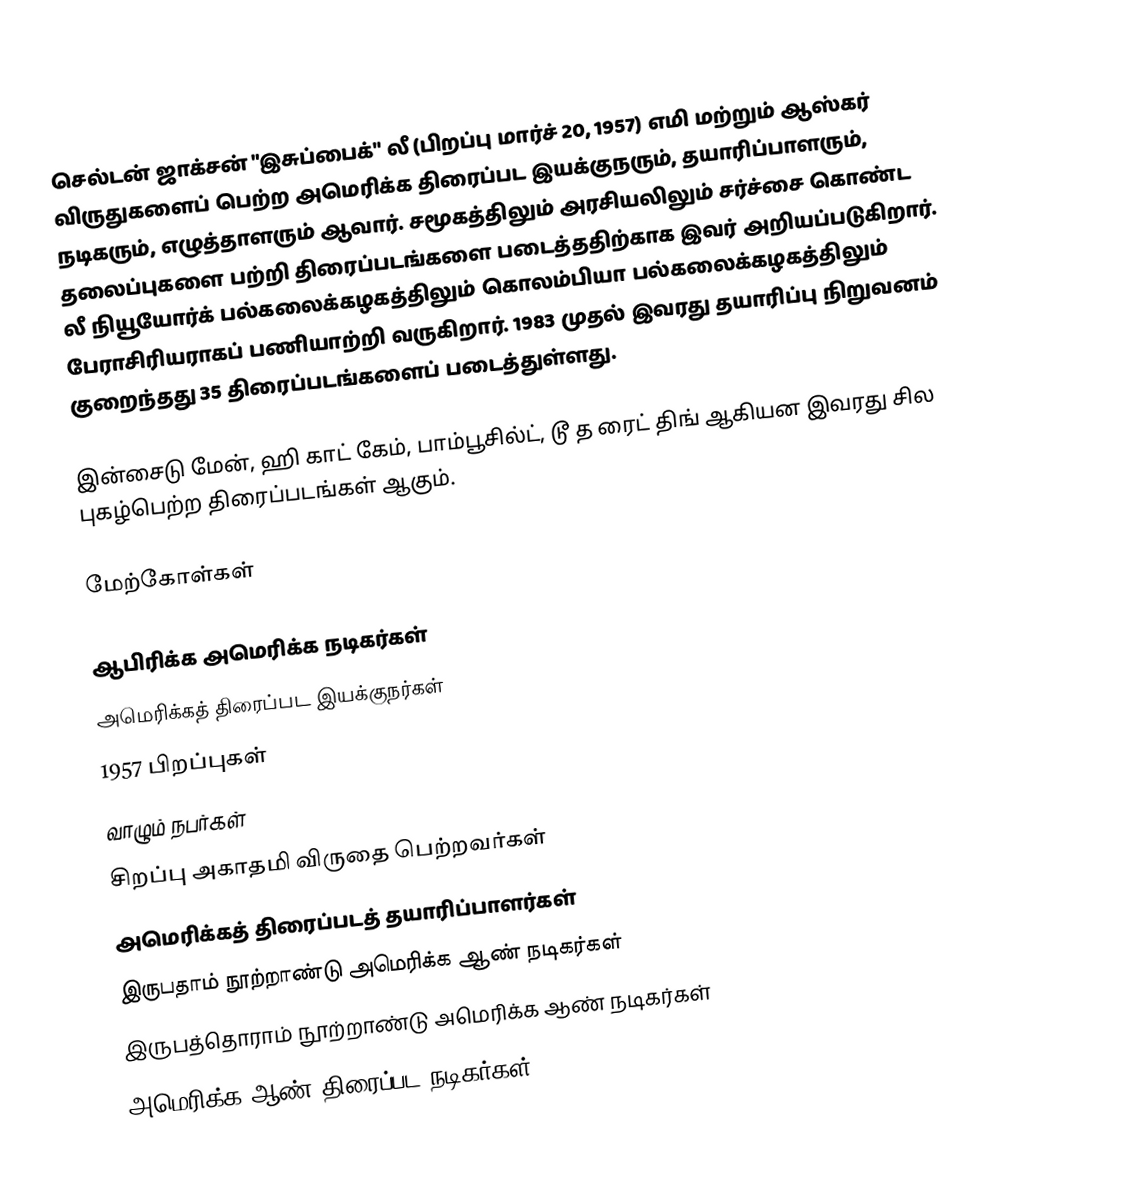
செல்டன் ஜாக்சன் "இசுப்பைக்" லீ (பிறப்பு மார்ச் 20, 1957) எமி மற்றும் ஆஸ்கர் விருதுகளைப் பெற்ற அமெரிக்க திரைப்பட இயக்குநரும், தயாரிப்பாளரும், நடிகரும், எழுத்தாளரும் ஆவார். சமூகத்திலும் அரசியலிலும் சர்ச்சை கொண்ட தலைப்புகளை பற்றி திரைப்படங்களை படைத்ததிற்காக இவர் அறியப்படுகிறார். லீ நியூயோர்க் பல்கலைக்கழகத்திலும் கொலம்பியா பல்கலைக்கழகத்திலும் பேராசிரியராகப் பணியாற்றி வருகிறார். 1983 முதல் இவரது தயாரிப்பு நிறுவனம் குறைந்தது 35 திரைப்படங்களைப் படைத்துள்ளது.

இன்சைடு மேன், ஹி காட் கேம், பாம்பூசில்ட், டூ த ரைட் திங் ஆகியன இவரது சில புகழ்பெற்ற திரைப்படங்கள் ஆகும்.

மேற்கோள்கள்

ஆபிரிக்க அமெரிக்க நடிகர்கள்
அமெரிக்கத் திரைப்பட இயக்குநர்கள்
1957 பிறப்புகள்
வாழும் நபர்கள்
சிறப்பு அகாதமி விருதை பெற்றவர்கள்
அமெரிக்கத் திரைப்படத் தயாரிப்பாளர்கள்
இருபதாம் நூற்றாண்டு அமெரிக்க ஆண் நடிகர்கள்
இருபத்தொராம் நூற்றாண்டு அமெரிக்க ஆண் நடிகர்கள்
அமெரிக்க ஆண் திரைப்பட நடிகர்கள்